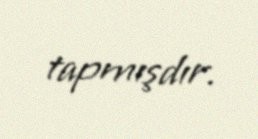
tapmışdır.